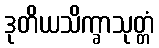
ဒုတိယသိက္ခာသုတ္တံ